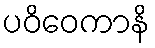
ပဝိဝေကာနိ